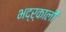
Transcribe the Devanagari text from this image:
भद्र्काली